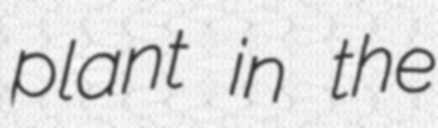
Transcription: plant in the